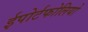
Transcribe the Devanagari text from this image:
ईपोर्टफोलियो